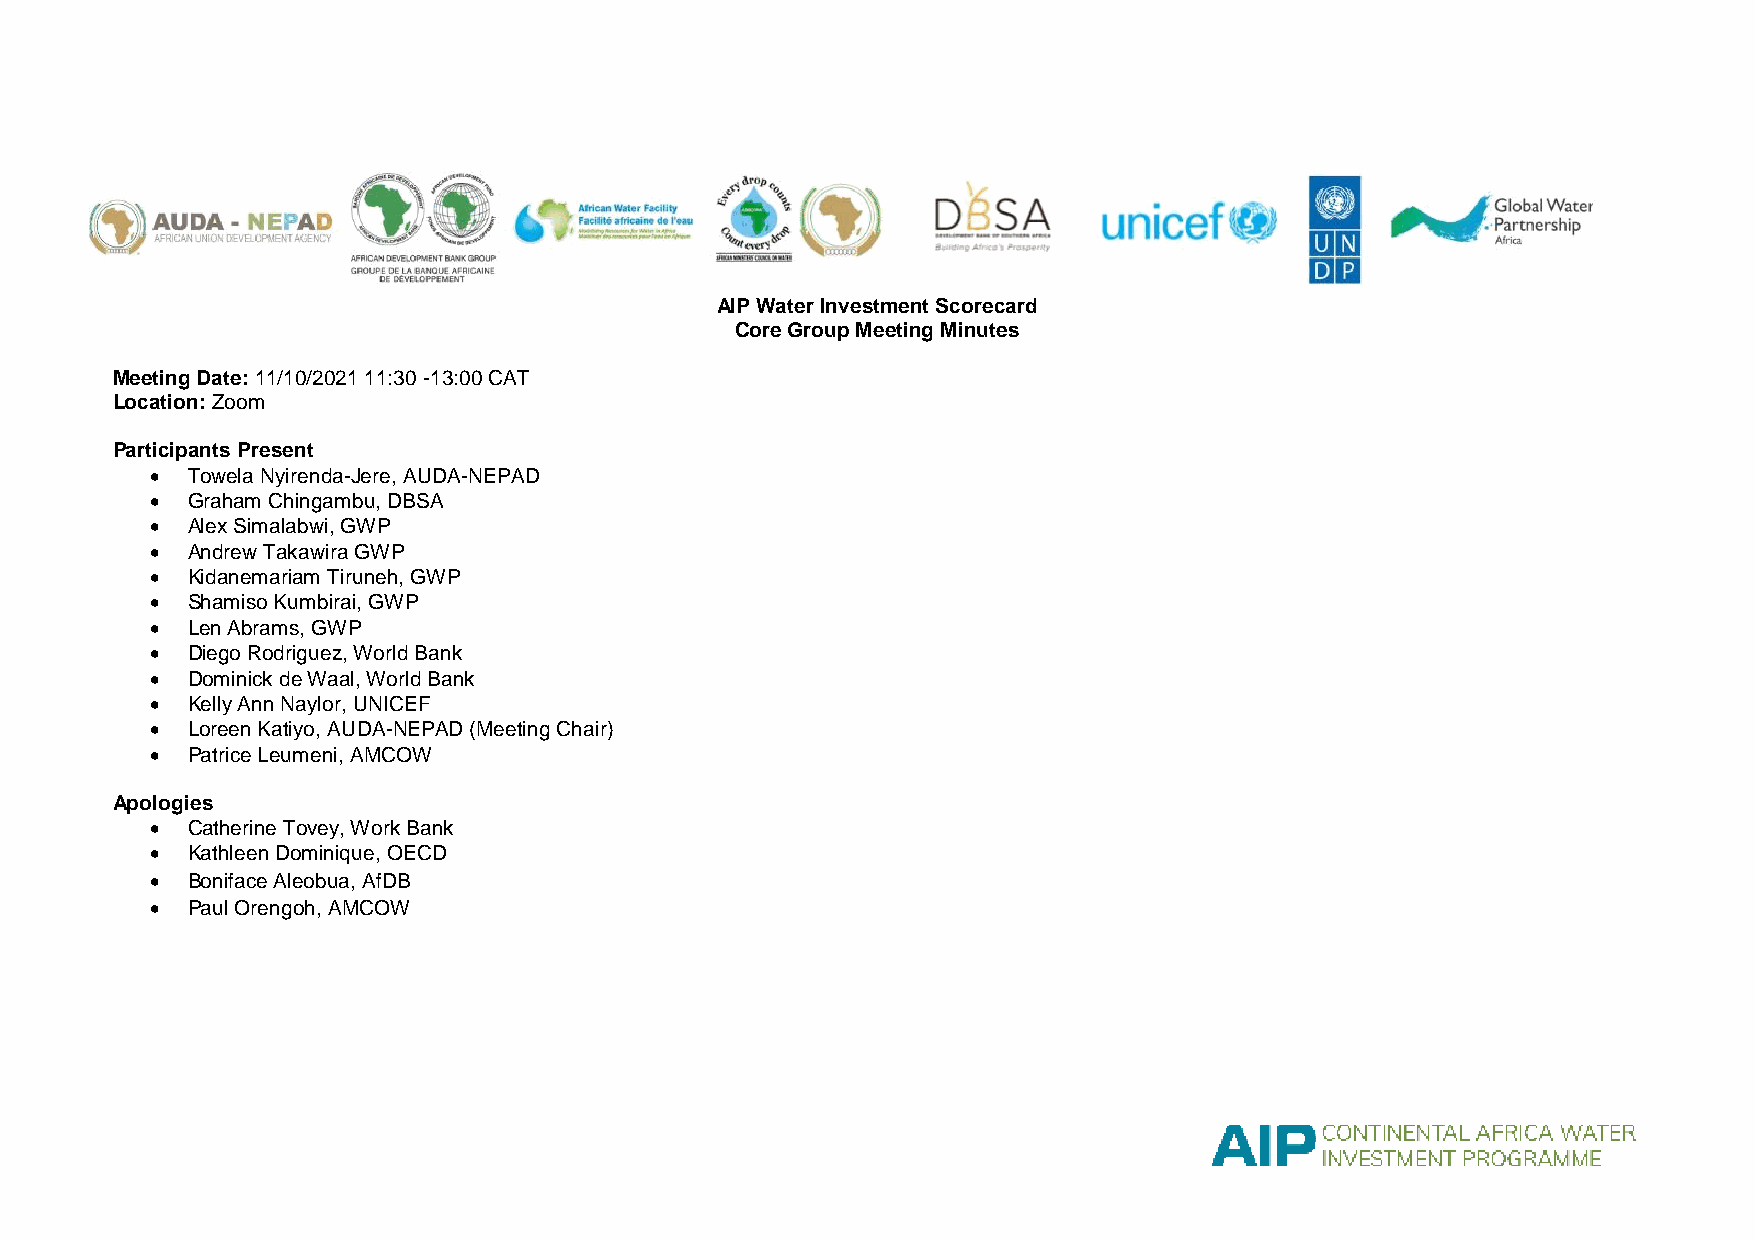
AIP Water Investment Scorecard
 Core Group Meeting Minutes
 Meeting Date: 11/10/2021 11:30 -13:00 CAT
 Location: Zoom
 Participants Present
  Towela Nyirenda-Jere, AUDA-NEPAD
  Graham Chingambu, DBSA
  Alex Simalabwi, GWP
  Andrew Takawira GWP
  Kidanemariam Tiruneh, GWP
  Shamiso Kumbirai, GWP
  Len Abrams, GWP
  Diego Rodriguez, World Bank
  Dominick de Waal, World Bank
  Kelly Ann Naylor, UNICEF
  Loreen Katiyo, AUDA-NEPAD (Meeting Chair)
  Patrice Leumeni, AMCOW
 Apologies
  Catherine Tovey, Work Bank
  Kathleen Dominique, OECD
  Boniface Aleobua, AfDB
  Paul Orengoh, AMCOW